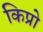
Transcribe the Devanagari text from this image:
किप्रो